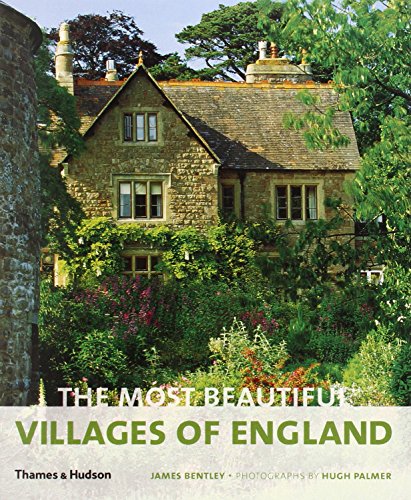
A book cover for The Most Beautiful Villages of England (The Most Beautiful Villages); James Bentley; Travel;